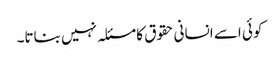
کوئی اسے انسانی حقوق کا مسئلہ نہیں بناتا۔